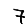
Digit: 7